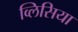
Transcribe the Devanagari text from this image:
व्लिसिया